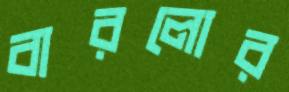
বারলোর